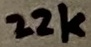
Text: 22k